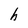
Character: h